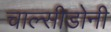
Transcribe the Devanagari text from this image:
चाल्सीडोनी